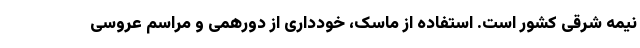
نیمه شرقی کشور است. استفاده از ماسک، خودداری از دورهمی و مراسم عروسی